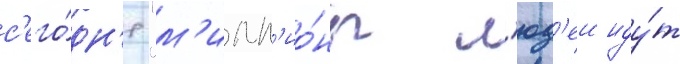
с'его́дн'я "м'илл'ио́ны л'юд'еи иду́т